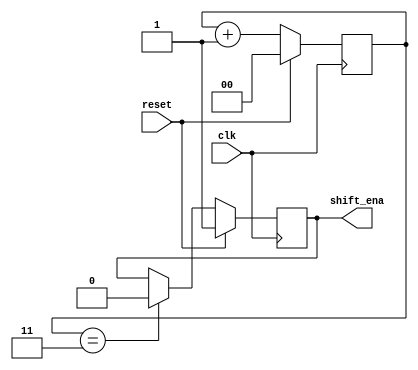
module top_module (
    input clk,
    input reset,      // Synchronous reset
    output shift_ena);
    
    reg [1:0] counter;
    always @(posedge clk) begin
        if (reset) begin
            shift_ena <= 1;
            counter <= 0;
        end
        else begin
            counter <= counter + 1;
            if (counter == 3)
                shift_ena <= 0;
        end
    end

endmodule